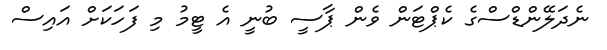
ނެދަލޭންޑްސްގެ ކެޕްޓަން ވެން ޕާސީ ބުނީ އެ ޓީމު މި ފަހަކަށް އައިސް